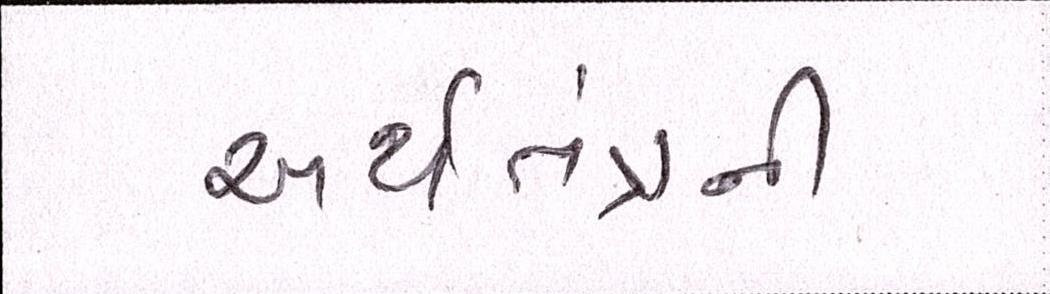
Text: અર્થતંત્રની